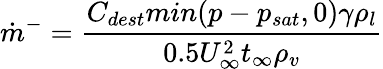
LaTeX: \dot{m}^{-}=\frac{C_{dest}min(p-p_{sat},0)\gamma\rho_{l}}{0.5U_{\infty}^{2}t_{\infty}\rho_{v}}